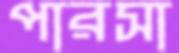
পারসা